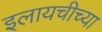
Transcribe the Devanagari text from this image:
इलायचीच्या